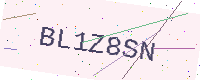
Text: BL1Z8SN